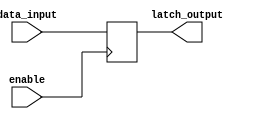
module gated_latch (
    input data_input,
    input enable,
    output reg latch_output
);

always @(posedge enable)
begin
    if (enable)
        latch_output <= data_input;
end

endmodule